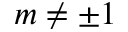
m \neq \pm 1